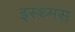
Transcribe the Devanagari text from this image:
इस्थ्मस